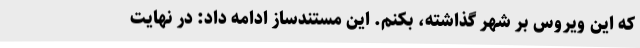
که این ویروس بر شهر گذاشته، بکنم. این مستندساز ادامه داد: در نهایت